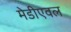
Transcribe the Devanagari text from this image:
मेडीएवल